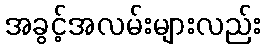
အခွင့်အလမ်းများလည်း